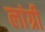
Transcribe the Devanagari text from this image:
लांग्री